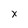
Character: x